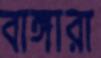
বাঙ্গারা